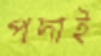
পদ্যই